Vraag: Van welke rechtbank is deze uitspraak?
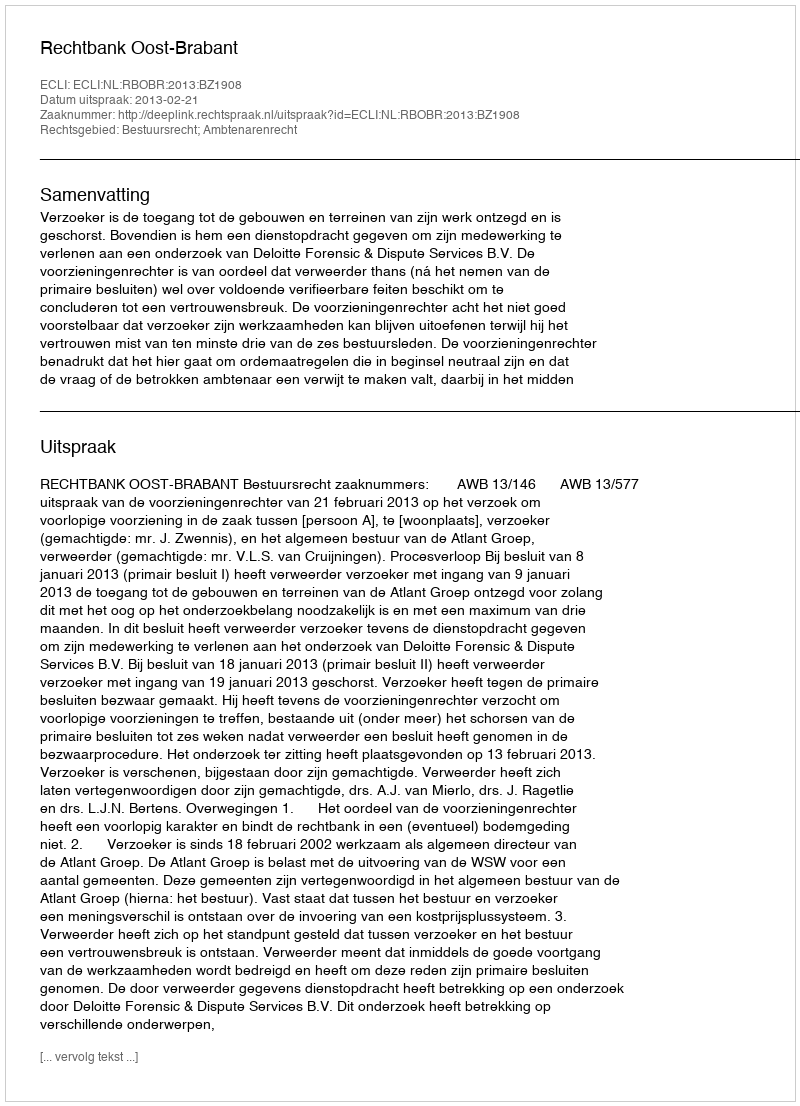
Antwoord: Rechtbank Oost-Brabant